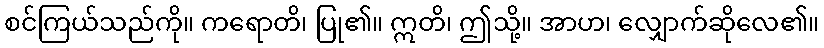
စင်ကြယ်သည်ကို။ ကရောတိ၊ ပြု၏။ ဣတိ၊ ဤသို့။ အာဟ၊ လျှောက်ဆိုလေ၏။